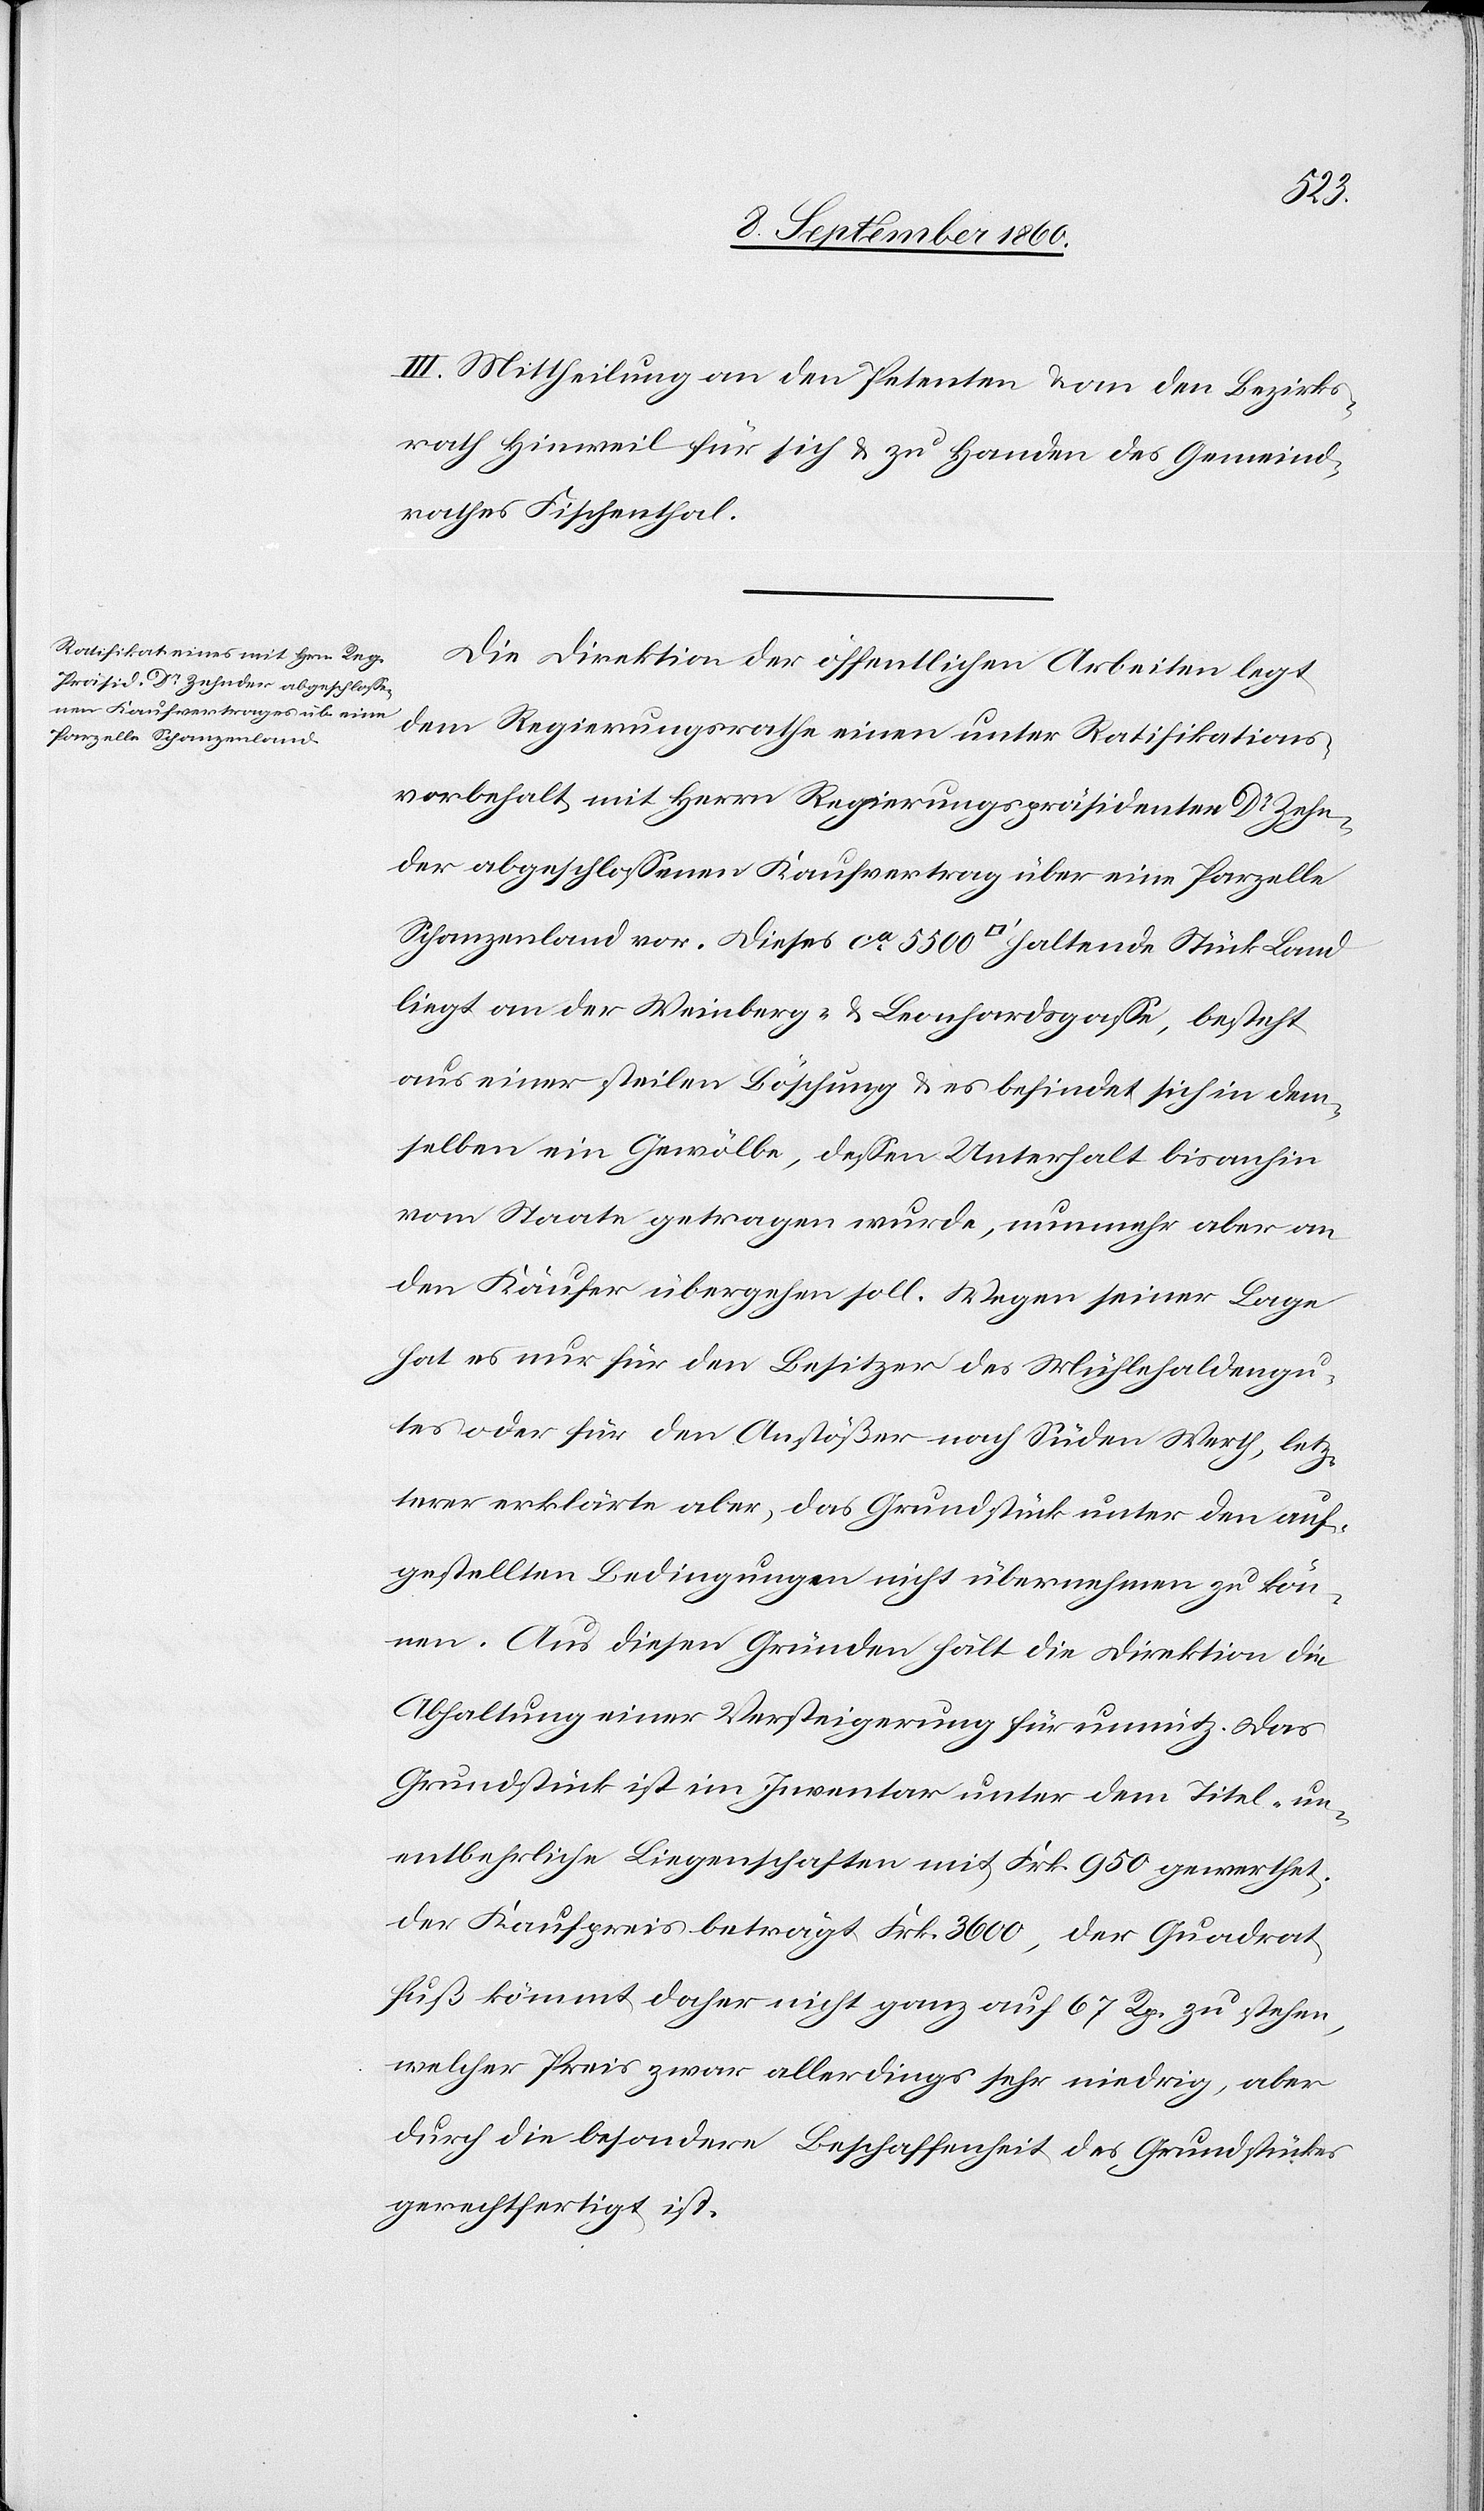
I. Mittheilung an den Petenten u. an de Bezirks¬
rath Hinweil für sich u. zu Handen des Gemeind¬
rathes Fischenthal.
Die Direktion der öffentlichen Arbeiten legt
dem Regierungsrathe einen unter Ratifikations¬
vorbehalt mit Herrn Regierungspräsidenten Dr. Zehn¬
der abgeschlossenen Kaufvertrag über eine Parzelle
Schanzenland vor. Dieses ca 5500 [Quadratfuss] haltende Stück Land
liegt an der Weinberg- u. Leonhardsgasse, besteht
aus einer steilen Böschung u. es befindet sich in dem¬
selben ein Gewölbe, dessen Unterhalt bis anhin
vom Staate getragen wurde, nunmehr aber an
den Käufer übergehen soll. Wegen seiner Lage
hat es nun für den Besitzer des Mühlehaldengu¬
tes oder für den Anstöser nach Süden, Werth, letz¬
terer erklärte aber, das Grundstück unter den auf¬
gestellten Bedingungen nicht übernehmen zu kön¬
nen. Aus diesen Gründen hält die Direktion die
Abhaltung einer Versteigerung für unnütz. Das
Grundstück ist im Inventar unter dem Titel „un¬
entbehrliche Liegenschaften[“] mit fcs. 950 gewerthet,
der Kaufpreis beträgt fcs. 3600, der Quadrat¬
fuss kömmt daher nicht ganz auf 67 Rp. zu stehen,
welcher Preis zwar allerdings sehr niedrig, aber
durch die besondere Beschaffenheit des Grundstückes
gerechtfertigt ist.